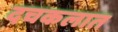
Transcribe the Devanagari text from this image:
दचकलात